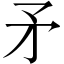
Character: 矛